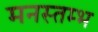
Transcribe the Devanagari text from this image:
मनस्तम्भ